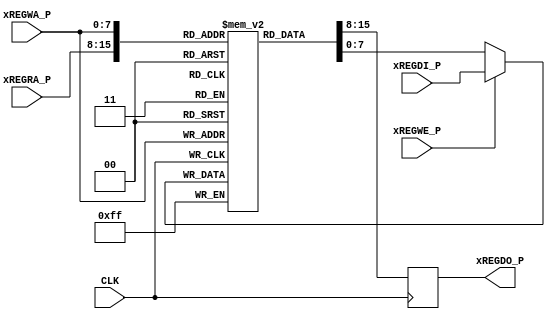
// Copyright (c) 2019 Naoki Hirayama
// Licensed under the Apache License, Version 2.0, see LICENSE for details.
// SPDX-License-Identifier: Apache-2.0

/* czreg.v
   2019.4.8   Ver0.0 */

`timescale 1ns/1ps
//`define USE_XILINX_RAM_STYLE
`ifndef SPM_WIDTH
    `define SPM_WIDTH 8
`endif


module czreg(CLK, xREGRA_P, xREGWA_P, xREGWE_P, xREGDI_P, xREGDO_P);

    input CLK;
    input [`SPM_WIDTH-1:0] xREGRA_P;
    input [`SPM_WIDTH-1:0] xREGWA_P;
    input xREGWE_P;
    input [7:0] xREGDI_P;
    output [7:0] xREGDO_P;

    reg [7:0] DO;

`ifdef USE_XILINX_RAM_STYLE
    (* ram_style = "distributed" *)
`endif
    reg [7:0] ram [2**`SPM_WIDTH-1:0];

    always @(posedge CLK) begin
	DO <= ram [xREGRA_P];
        ram [xREGWA_P] <= xREGWE_P ? xREGDI_P : ram [xREGWA_P];
    end

    assign xREGDO_P = DO;

endmodule